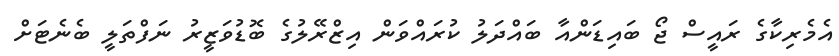
އެމެރިކާގެ ރައީސް ޖޯ ބައިޑަންއާ ބައްދަލު ކުރައްވަން އިޒްރޭލުގެ ބޮޑުވަޒީރު ނަފްތަލީ ބެނެޓަށް